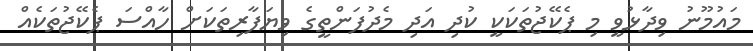
މައުމޫނު ވިދާޅުވީ މި ޕެކޭޖުތަކަކީ ކުދި އަދި މެދުފަންތީގެ ވިޔަފާރިތަކަށް ހާއްސަ ޕެކޭޖުތަކެއް